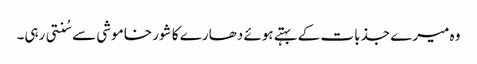
وہ میرے جذبات کے بہتے ہوئے دھارے کا شور خاموشی سے سُنتی رہی۔